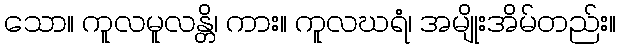
သော။ ကူလမူလန္တိ၊ ကား။ ကူလဃရံ၊ အမျိုးအိမ်တည်း။